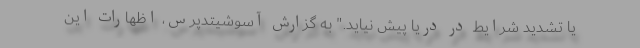
یا تشدید شرایط در دریا پیش نیاید." به گزارش آسوشیتدپرس، اظهارات این